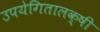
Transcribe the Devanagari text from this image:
उपयेगितालक्षी